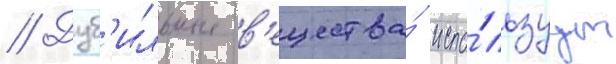
// Дуб'ильные в'ещества́ испо́льзуут